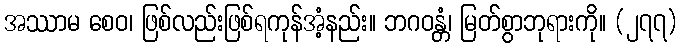
အဿာမ စေဝ၊ ဖြစ်လည်းဖြစ်ရကုန်အံ့နည်း။ ဘဂဝန္တံ၊ မြတ်စွာဘုရားကို။ (၂၇၇)